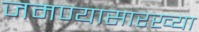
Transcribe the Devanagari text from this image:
जमण्यासारख्या